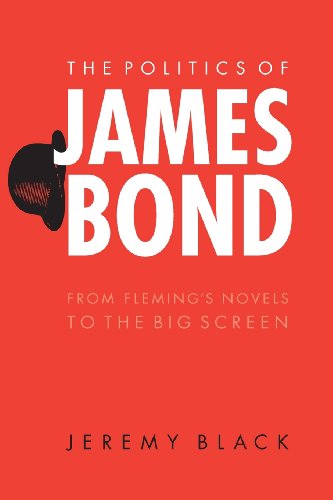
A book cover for The Politics of James Bond: From Fleming's Novels to the Big Screen; Jeremy Black; Mystery, Thriller & Suspense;